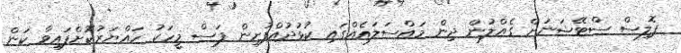
ޕޮލިސް ސްޓޭޝަނަށް ގެއްލުން ދިން މައްސަލައެއްގައި ކުޅުދުއްފުށިން ފަސް މީހަކު ހައްޔަރުކޮށްފައިވާ ކަން